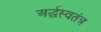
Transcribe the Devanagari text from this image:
अर्द्धस्वतंत्र